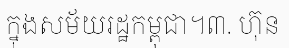
ក្នុងសម័យរដ្ឋកម្ពុជា។៣. ហ៊ុន